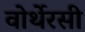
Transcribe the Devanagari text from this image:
वोर्थेरसी